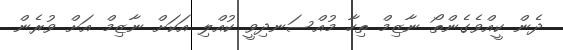
ދެން ކީއްވެގެންތޯ ނާޒިމް ތިހާ މުއްސަނދިވީ ކުއްލި އަކަށް ނާޒިމް އަށް ވުރެން